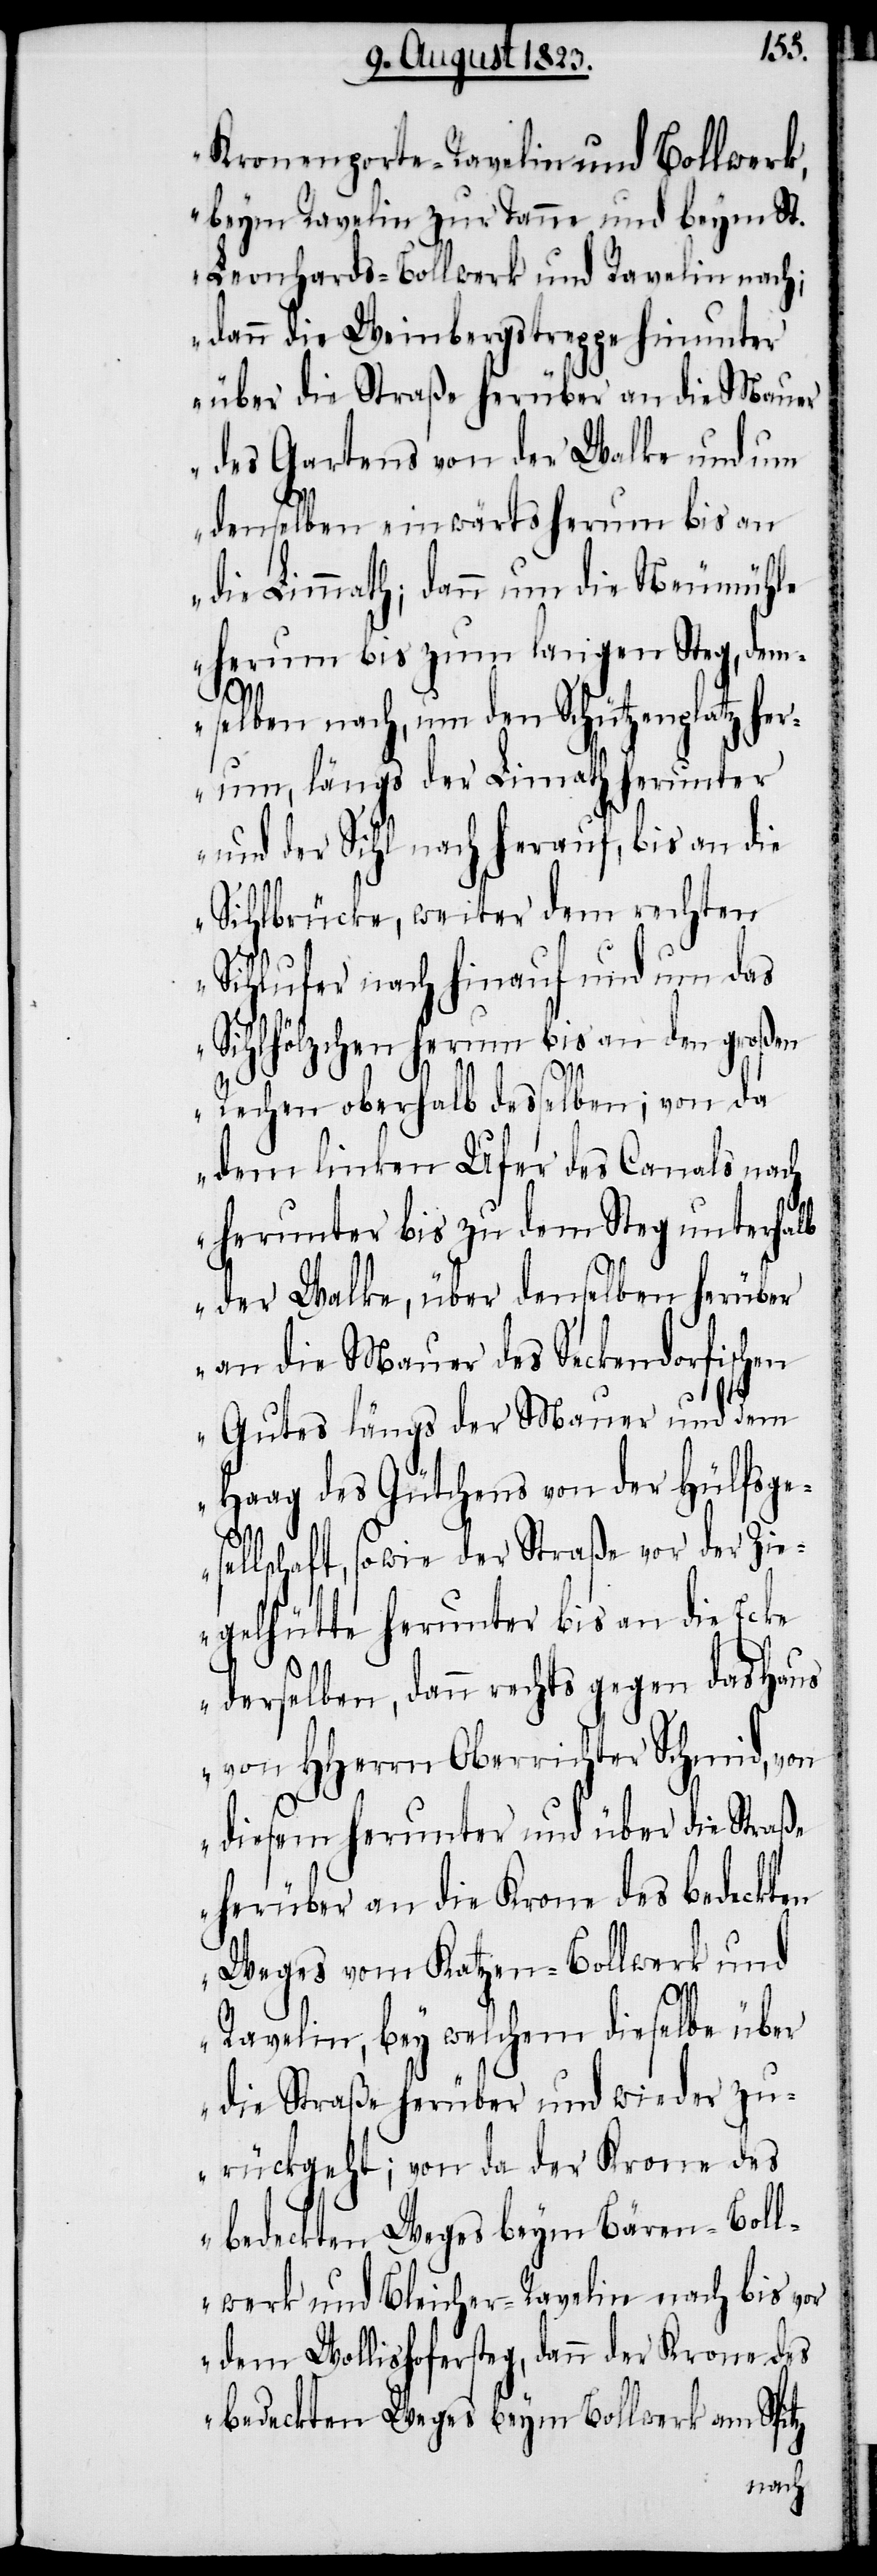
Kronenporte-Ravelin und Bollwerk,
beym Ravelin zur Tanne und beym St.
Leonhards-Bollwerk und Ravelin nach;
dann die Weinbergstreppe hinunter
über die Straße herüber an die Mauer
des Gartens von der Walke und um
denselben einwärts herum bis an
die Limmath; dann um die Neumühle
herum bis zum langen Steg, dem¬
selben nach, um den Schützenplatz her¬
um, längs der Limath herunter
und der Sihl nach herauf, bis an die
Sihlbrücke, weiter dem rechten
Sihlufer nach hinauf und um das
Sihlhölzchen herum bis an den großen
Rechen oberhalb desselben; von da
dem linken Ufer des Canals nach
herunter bis zu dem Steg unterhalb
der Walke, über denselben herüber
an die Mauer des Seckendorfischen
Gutes längs der Mauer und dem
Haag des Gütchens von der Hülfsge¬
sellschaft, sowie der Straße vor der Zie¬
gelhütte herunter bis an die Ecke
derselben, dann rechts gegen das Haus
von HHerrn Oberrichter Schmid, von
diesem herunter und über die Straße
herüber an die Krone des bedeckten
Weges vom Katzen-Bollwerk und
Ravelin, bey welchem dieselbe über
die Straße herüber und wieder zu¬
rückgeht; von da der Krone des
bedeckten Weges beym Bären-Boll¬
werk und Bleicher-Ravelin nach bis vor
dem Wollishofersteg, dann der Krone des
bedeckten Weges beym Bollwerk am Spitz